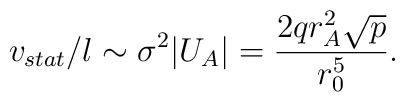
v_{stat}/l \sim \sigma^2 |U_A| = {{2q r_A^2\sqrt{p}} \over {r_0^5}}.